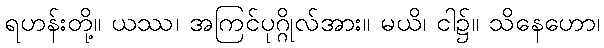
ရဟန်းတို့။ ယဿ၊ အကြင်ပုဂ္ဂိုလ်အား။ မယိ၊ ငါ၌။ သိနေဟော၊